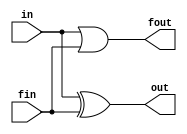
/*--  *******************************************************
--  Computer Architecture Course, Laboratory Sources 
--  Amirkabir University of Technology (Tehran Polytechnic)
--  Department of Computer Engineering (CE-AUT)
--  https://ce[dot]aut[dot]ac[dot]ir
--  *******************************************************
--  All Rights reserved (C) 2020-2021
--  *******************************************************
--  Student ID  : 9833016              9839039
--  Student Name: Amirhossein Poolad & Samin Mahdipour
--  Student Mail: 
--  *******************************************************
--  Additional Comments:
--
--*/

/*-----------------------------------------------------------
---  Module Name: complementor 
-----------------------------------------------------------*/
`timescale 1 ns/1 ns
module complementor(in,fin,out,fout);
	input in;
	input fin;
	output out;
	output fout;
	//moshabeh soal 10 tamrin 4om amal mikonim
	xor x(out,in,fin);
	or o(fout,in,fin);
endmodule